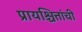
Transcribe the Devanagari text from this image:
प्रायश्चित्तांची